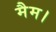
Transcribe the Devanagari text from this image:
मैम।